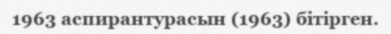
1963 аспирантурасын (1963) бітірген.